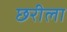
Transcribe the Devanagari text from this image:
छरीला